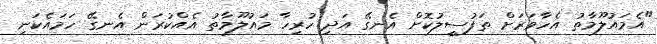
"އެމައުލޫމާތު އެހާވަރަށް ތަފުސީލުކޮށް އެނގޭ އަދި ހުރިހާ މައުލޫމާތު އެއްކުރަން އެނގޭ ހަމައެކަނި